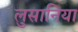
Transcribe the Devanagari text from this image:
लुसानिया